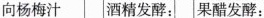
向杨梅汁 酒精发酵： 果醋发酵：